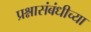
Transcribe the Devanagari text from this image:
प्रश्नासंबंधीच्या